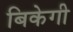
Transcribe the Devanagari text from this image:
बिकेगी